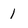
Character: 1